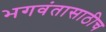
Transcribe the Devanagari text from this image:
भगवंतासाठीच